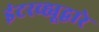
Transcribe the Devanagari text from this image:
इंटरव्ह्यूद्वारे